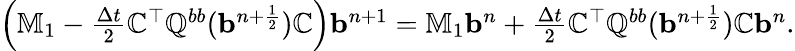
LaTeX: \begin{array}{r}{\left(\mathbb{M}_{1}-\frac{\Delta t}{2}\mathbb{C}^{\top}\mathbb{Q}^{bb}({\mathbf b}^{n+\frac{1}{2}})\mathbb{C}\right){\mathbf b}^{n+1}=\mathbb{M}_{1}{\mathbf b}^{n}+\frac{\Delta t}{2}\mathbb{C}^{\top}\mathbb{Q}^{bb}({\mathbf b}^{n+\frac{1}{2}})\mathbb{C}{\mathbf b}^{n}.}\end{array}